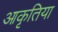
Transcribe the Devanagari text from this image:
आकृतिया